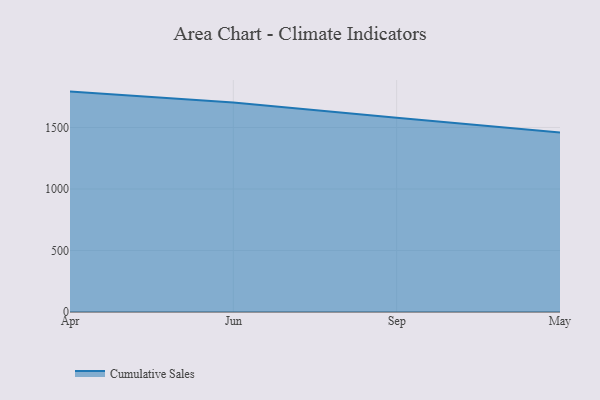
{"axis": {"x": "Month", "y": "Backlog"}, "legend": ["Cumulative Sales"], "data": [{"x": "Apr", "y": 1791.5, "type": "Cumulative Sales"}, {"x": "Jun", "y": 1702.4, "type": "Cumulative Sales"}, {"x": "Sep", "y": 1578.9, "type": "Cumulative Sales"}, {"x": "May", "y": 1458.9, "type": "Cumulative Sales"}]}